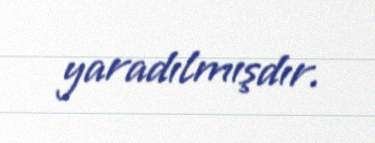
yaradılmışdır.